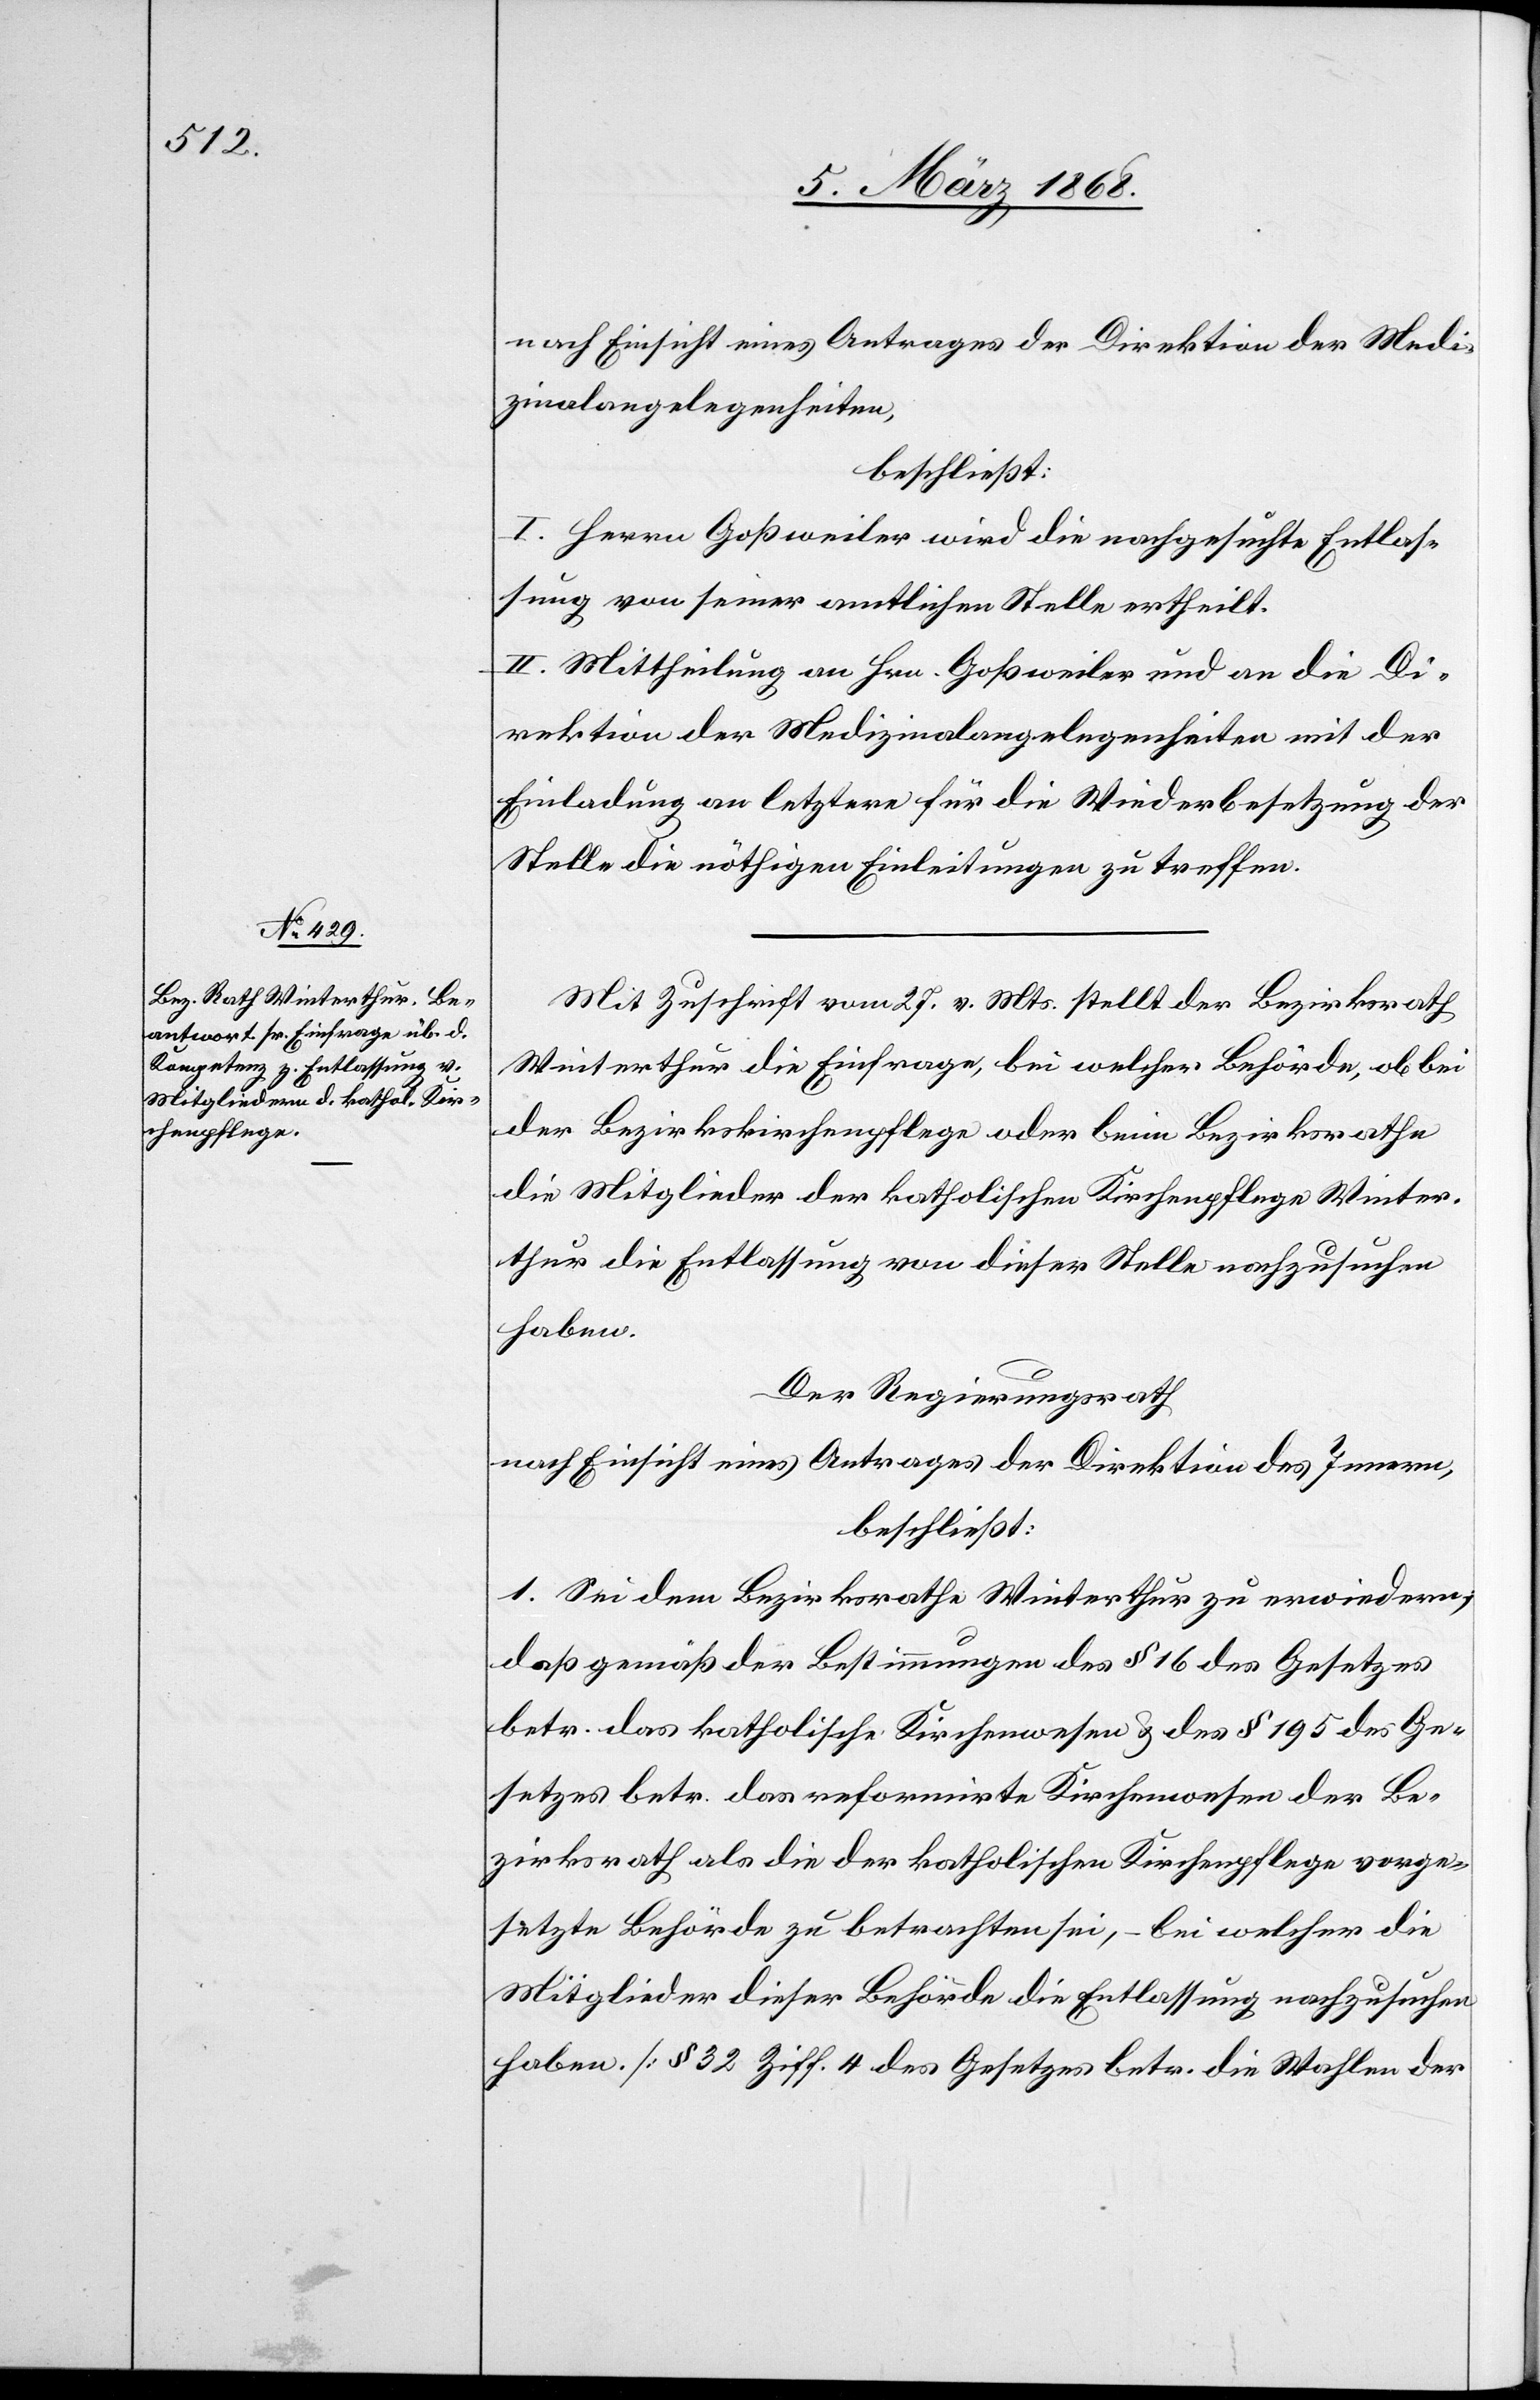
nach Einsicht eines Antrages der Direktion der Medi¬
zinalangelegenheiten,
beschließt:
I. Herrn Goßweiler wird die nachgesuchte Entlas¬
sung von seiner amtlichen Stelle ertheilt.
II. Mittheilung an Hrn. Goßweiler und an die Di¬
rektion der Medizinalangelegenheiten mit der
Einladung an letztere für die Wiederbesetzung der
Stelle die nöthigen Einleitungen zu treffen.
Mit Zuschrift vom 27. v. Mts. stellt der Bezirksrath
Winterthur die Einfrage, bei welcher Behörde, ob bei
der Bezirkskirchenpflege oder beim Bezirksrathe
die Mitglieder der katholischen Kirchenpflege Winter¬
thur die Entlassung von dieser Stelle nachzusuchen
haben.
Der Regierungsrath
nach Einsicht eines Antrages der Direktion des Innern,
beschließt:
1. Sei dem Bezirksrathe Winterthur zu erwiedern,
daß gemäß der Bestimmungen des § 16 des Gesetzes
betr. das katholische Kirchenwesen & des § 195 des Ge¬
setzes betr. das reformirte Kirchenwesen der Be¬
zirksrath als die der katholischen Kirchenpflege vorge¬
setzte Behörde zu betrachten sei, – bei welcher die
Mitglieder dieser Behörde die Entlassung nachzusuchen
haben. [§ 32 Ziff. 4 des Gesetzes betr. die Wahlen der